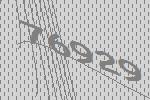
76929